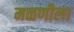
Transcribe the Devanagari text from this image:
मळणीला